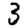
Digit: 3